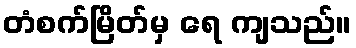
တံစက်မြိတ်မှ ရေ ကျသည်။